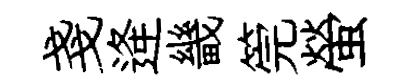
戔逄畿筦螢